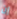
إن